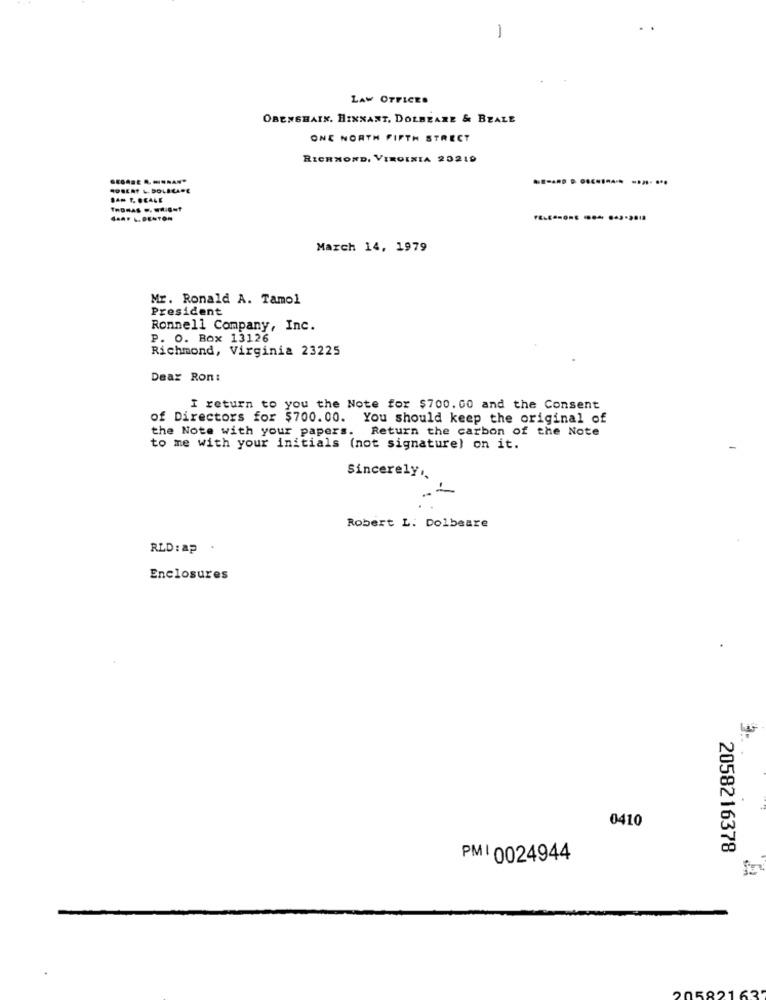
-
LAW OFFICES
OBENSHAIN. HIXNANT, DOLBEARE & BEALE
ONE NORTH FIFTH STREET
RICHMOND, VIRGINIA 20219
.......
AUBERT L. BOLILARE
SAM T. DEALE
4.4. L.DENTON
March 14, 1979
Mr. Ronald A. Tamol
President
Ronnell Company, Inc.
P. O. Box 13126
Richmond, Virginia 23225
Dear Ron:
I return to you the Note for $700. 00 and the Consent
of Directors for $700.00. You should keep the original of
the Note with your papers.
Return the carbon of the Note
to me with your initials (not signature) on it.
Sincerely ..
. .
Robert L. Dolbeare
RLD: ap .
Enclosures
0410
2058216378
PMI 0024944
58.